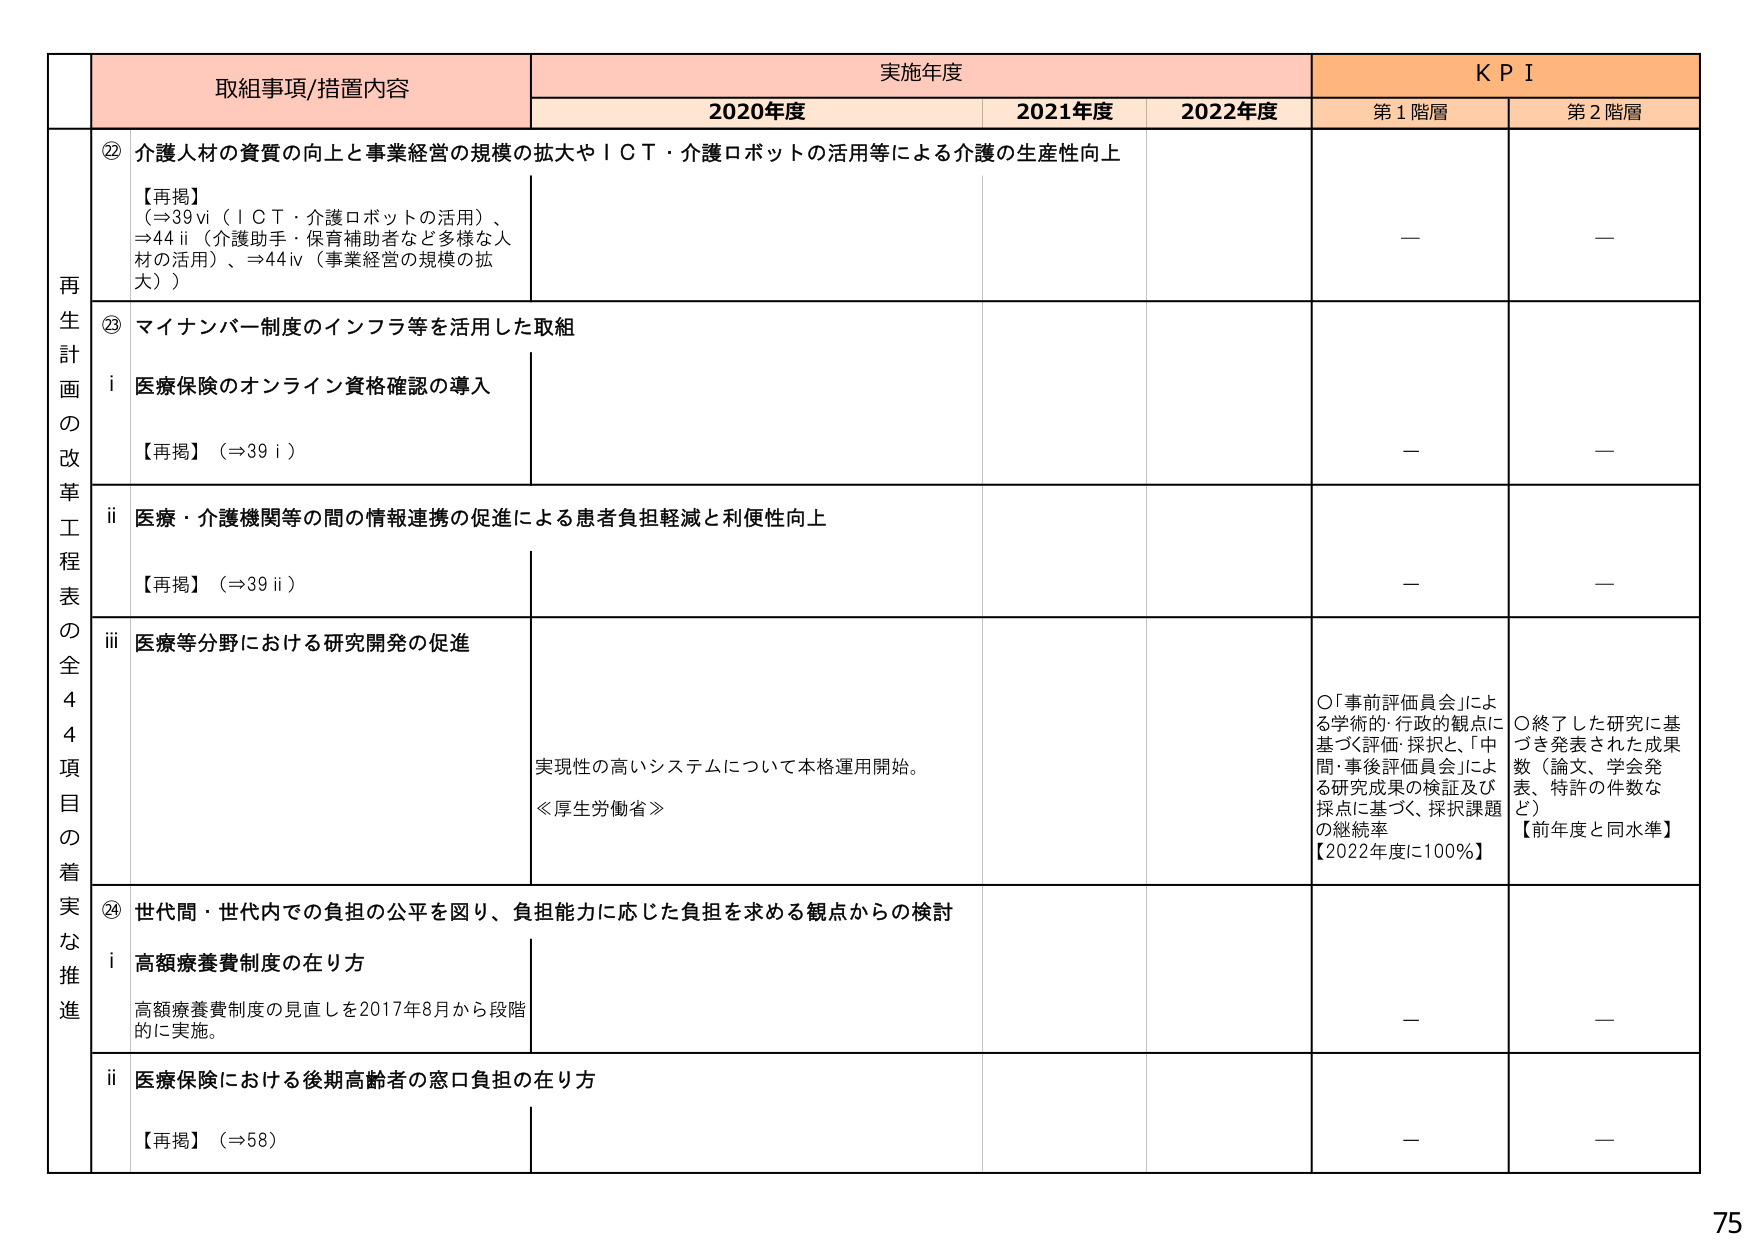
再生計画の改革工程表の全44項目の着実な推進

取組事項/措置内容
実施年度
KPI

2020年度
2021年度
2022年度
第1階層
第2階層

⑫ 介護人材の資質の向上と事業経営の規模の拡大やＩＣＴ・介護ロボットの活用等による介護の生産性向上
【再掲】
(⇒39ⅵ（ＩＣＴ・介護ロボットの活用）、
⇒44ⅱ（介護助手・保育補助者など多様な人材の活用）、⇒44ⅳ（事業経営の規模の拡大）)
－
－

⑬ マイナンバー制度のインフラ等を活用した取組
ⅰ 医療保険のオンライン資格確認の導入
【再掲】（⇒39ⅰ）
－
－

ⅱ 医療・介護機関等の間の情報連携の促進による患者負担軽減と利便性向上
【再掲】（⇒39ⅱ）
－
－

ⅲ 医療等分野における研究開発の促進
実現性の高いシステムについて本格運用開始。
≪厚生労働省≫
○「事前評価員会」による学術的・行政的観点に基づく評価・採択と、「中間・事後評価員会」による研究成果の検証及び採択に基づく、採択課題の継続率
【2022年度に100％】
○終了した研究に基づき発表された成果数（論文、学会発表、特許の件数など）
【前年度と同水準】

⑭ 世代間・世代内での負担の公平を図り、負担能力に応じた負担を求める観点からの検討
ⅰ 高額療養費制度の在り方
高額療養費制度の見直しを2017年8月から段階的に実施。
－
－

ⅱ 医療保険における後期高齢者の窓口負担の在り方
【再掲】（⇒58）
－
－

75